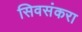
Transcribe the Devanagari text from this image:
सिवसंकरा